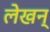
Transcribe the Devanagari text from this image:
लेखन्